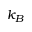
k _ { B }